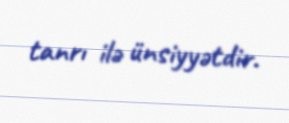
tanrı ilə ünsiyyətdir.